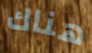
هناك